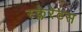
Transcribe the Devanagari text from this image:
स्क्लेरेटस